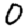
Digit: 0